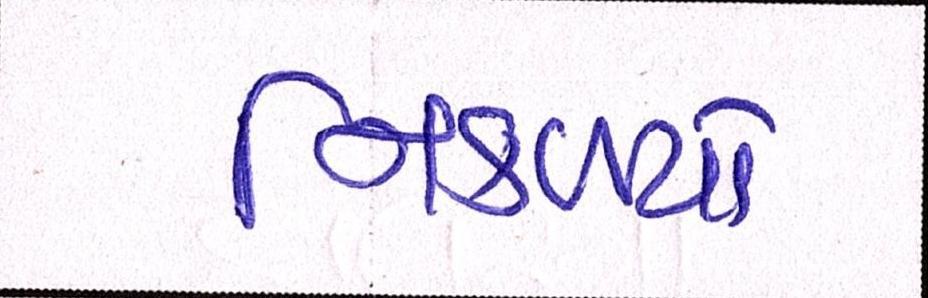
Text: નિકળ્યો